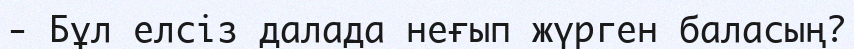
-	Бұл елсіз далада неғып жүрген баласың?